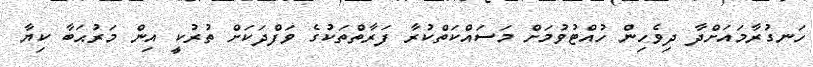
ހަނގުރާމައަށްދާ ދިވެހިން ހުއްޓުވުމަށް މަސައްކަތްކުރާ ފަރާތްތަކުގެ ވަފްދަކަށް ތުރުކީ އިން މަރުޙަބާ ކިޔާ